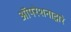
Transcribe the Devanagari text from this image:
ऑपरेशनाद्वारे